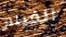
الفيلم